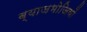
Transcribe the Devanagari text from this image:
ब्याजभोजियों